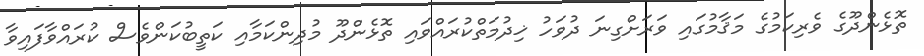
ތޮޅެންދޫގެ ވެރިކަމުގެ މަޤާމުގައި ވަރަށްގިނަ ދުވަހު ޚިދުމަތްކުރައްވައި ތޮޅެންދޫ މުދިންކަމާއި ކަތީބުކަންވެސް ކުރައްވާފައިވާ